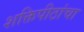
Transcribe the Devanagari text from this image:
शक्तिपीठांचा